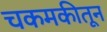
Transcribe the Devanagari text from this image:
चकमकीतून